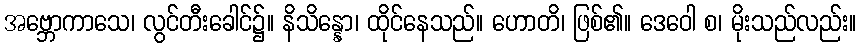
အဗ္ဘောကာသေ၊ လွင်တီးခေါင်၌။ နိသိန္နော၊ ထိုင်နေသည်။ ဟောတိ၊ ဖြစ်၏။ ဒေဝေါ စ၊ မိုးသည်လည်း။